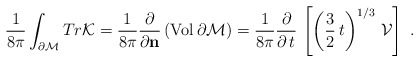
\begin{align*}\frac{1}{8\pi}\int_{\partial {\cal M}} Tr {\cal K} =\frac{1}{8\pi}\frac{\partial}{\partial {\bf n}}\, ({\rm Vol}\,\partial{\cal M}) = \frac{1}{8\pi}\frac{\partial}{\partial\, t}\, \left[\left(\frac{3}{2}\,t\right)^{1/3}\, {\cal V}\right]\ .\end{align*}